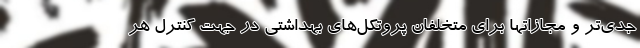
جدی‌تر و مجازاتها برای متخلفان پروتکل‌های بهداشتی در جهت کنترل هر